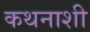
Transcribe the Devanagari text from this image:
कथनाशी